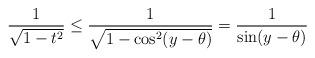
LaTeX: \begin{align*}\frac{1}{\sqrt{1-t^2}} \leq \frac{1}{\sqrt{1-\cos^2(y-\theta)}} = \frac 1 {\sin (y-\theta)}\end{align*}